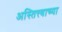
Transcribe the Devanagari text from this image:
अस्तित्त्वाच्या